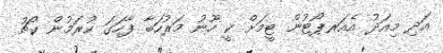
އަދި މިއަދު އެއަރޕޯޓުން ޓީމަށް ކީ ހޫނު މަރުހަބާ ފާހަގަ ކުރަމުން ކޯޗު